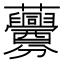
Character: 虋